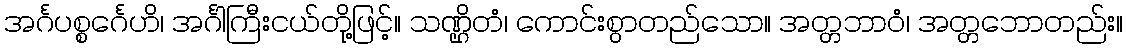
အင်္ဂပစ္စင်္ဂေဟိ၊ အင်္ဂါကြီးငယ်တို့ဖြင့်။ သဏ္ဌိတံ၊ ကောင်းစွာတည်သော။ အတ္တဘာဝံ၊ အတ္တဘောတည်း။